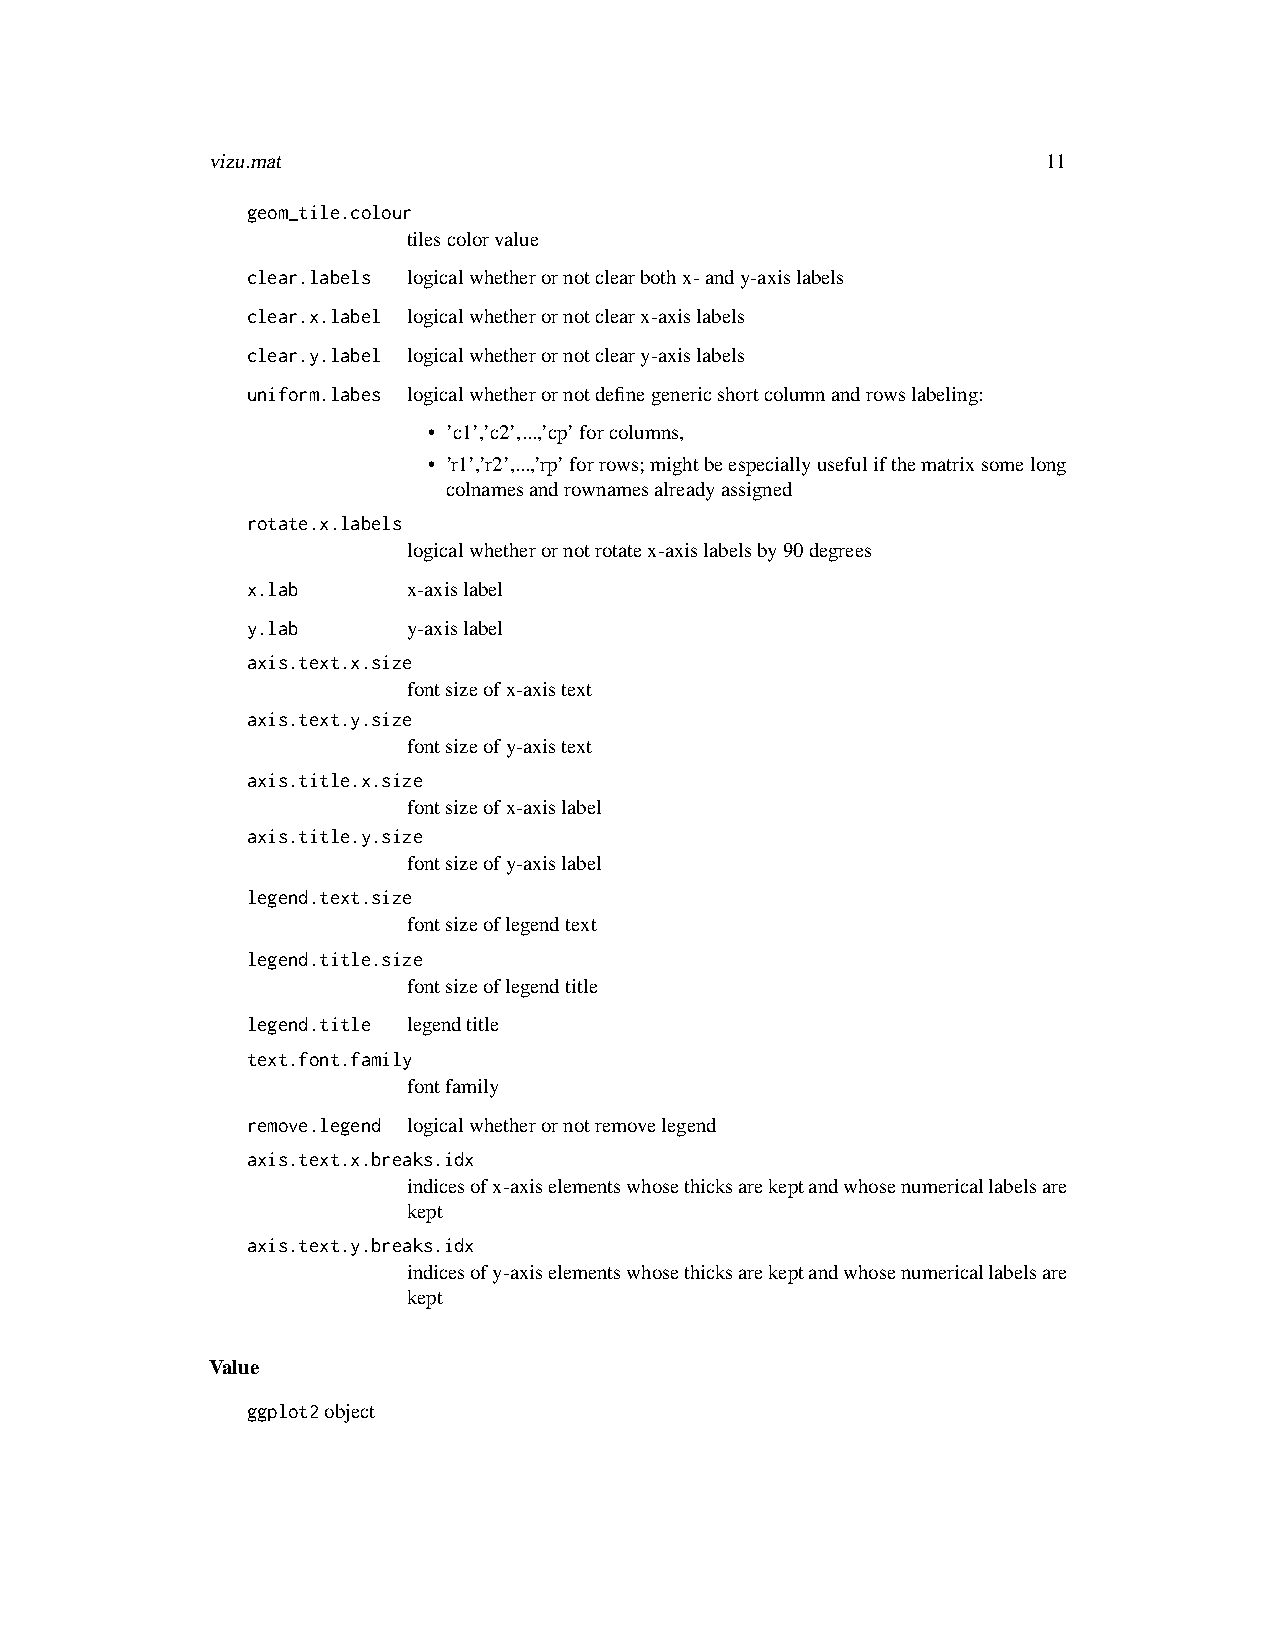
vizu.mat                                               11
 geom_tile.colour
 tilescolorvalue
 clear.labels logicalwhetherornotclearbothx-andy-axislabels
 clear.x.label logicalwhetherornotclearx-axislabels
 clear.y.label logicalwhetherornotcleary-axislabels
 uniform.labes logicalwhetherornotdefinegenericshortcolumnandrowslabeling:
 • ’c1’,’c2’,...,’cp’forcolumns,
 • ’r1’,’r2’,...,’rp’forrows;mightbeespeciallyusefulifthematrixsomelong
 colnamesandrownamesalreadyassigned
 rotate.x.labels
 logicalwhetherornotrotatex-axislabelsby90degrees
 x.lab      x-axislabel
 y.lab      y-axislabel
 axis.text.x.size
 fontsizeofx-axistext
 axis.text.y.size
 fontsizeofy-axistext
 axis.title.x.size
 fontsizeofx-axislabel
 axis.title.y.size
 fontsizeofy-axislabel
 legend.text.size
 fontsizeoflegendtext
 legend.title.size
 fontsizeoflegendtitle
 legend.title legendtitle
 text.font.family
 fontfamily
 remove.legend logicalwhetherornotremovelegend
 axis.text.x.breaks.idx
 indicesofx-axiselementswhosethicksarekeptandwhosenumericallabelsare
 kept
 axis.text.y.breaks.idx
 indicesofy-axiselementswhosethicksarekeptandwhosenumericallabelsare
 kept
 Value
 ggplot2object